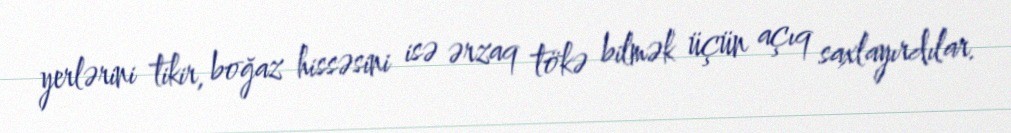
yerlərini tikir, boğaz hissəsini isə ərzaq tökə bilmək üçün açıq saxlayırdılar.